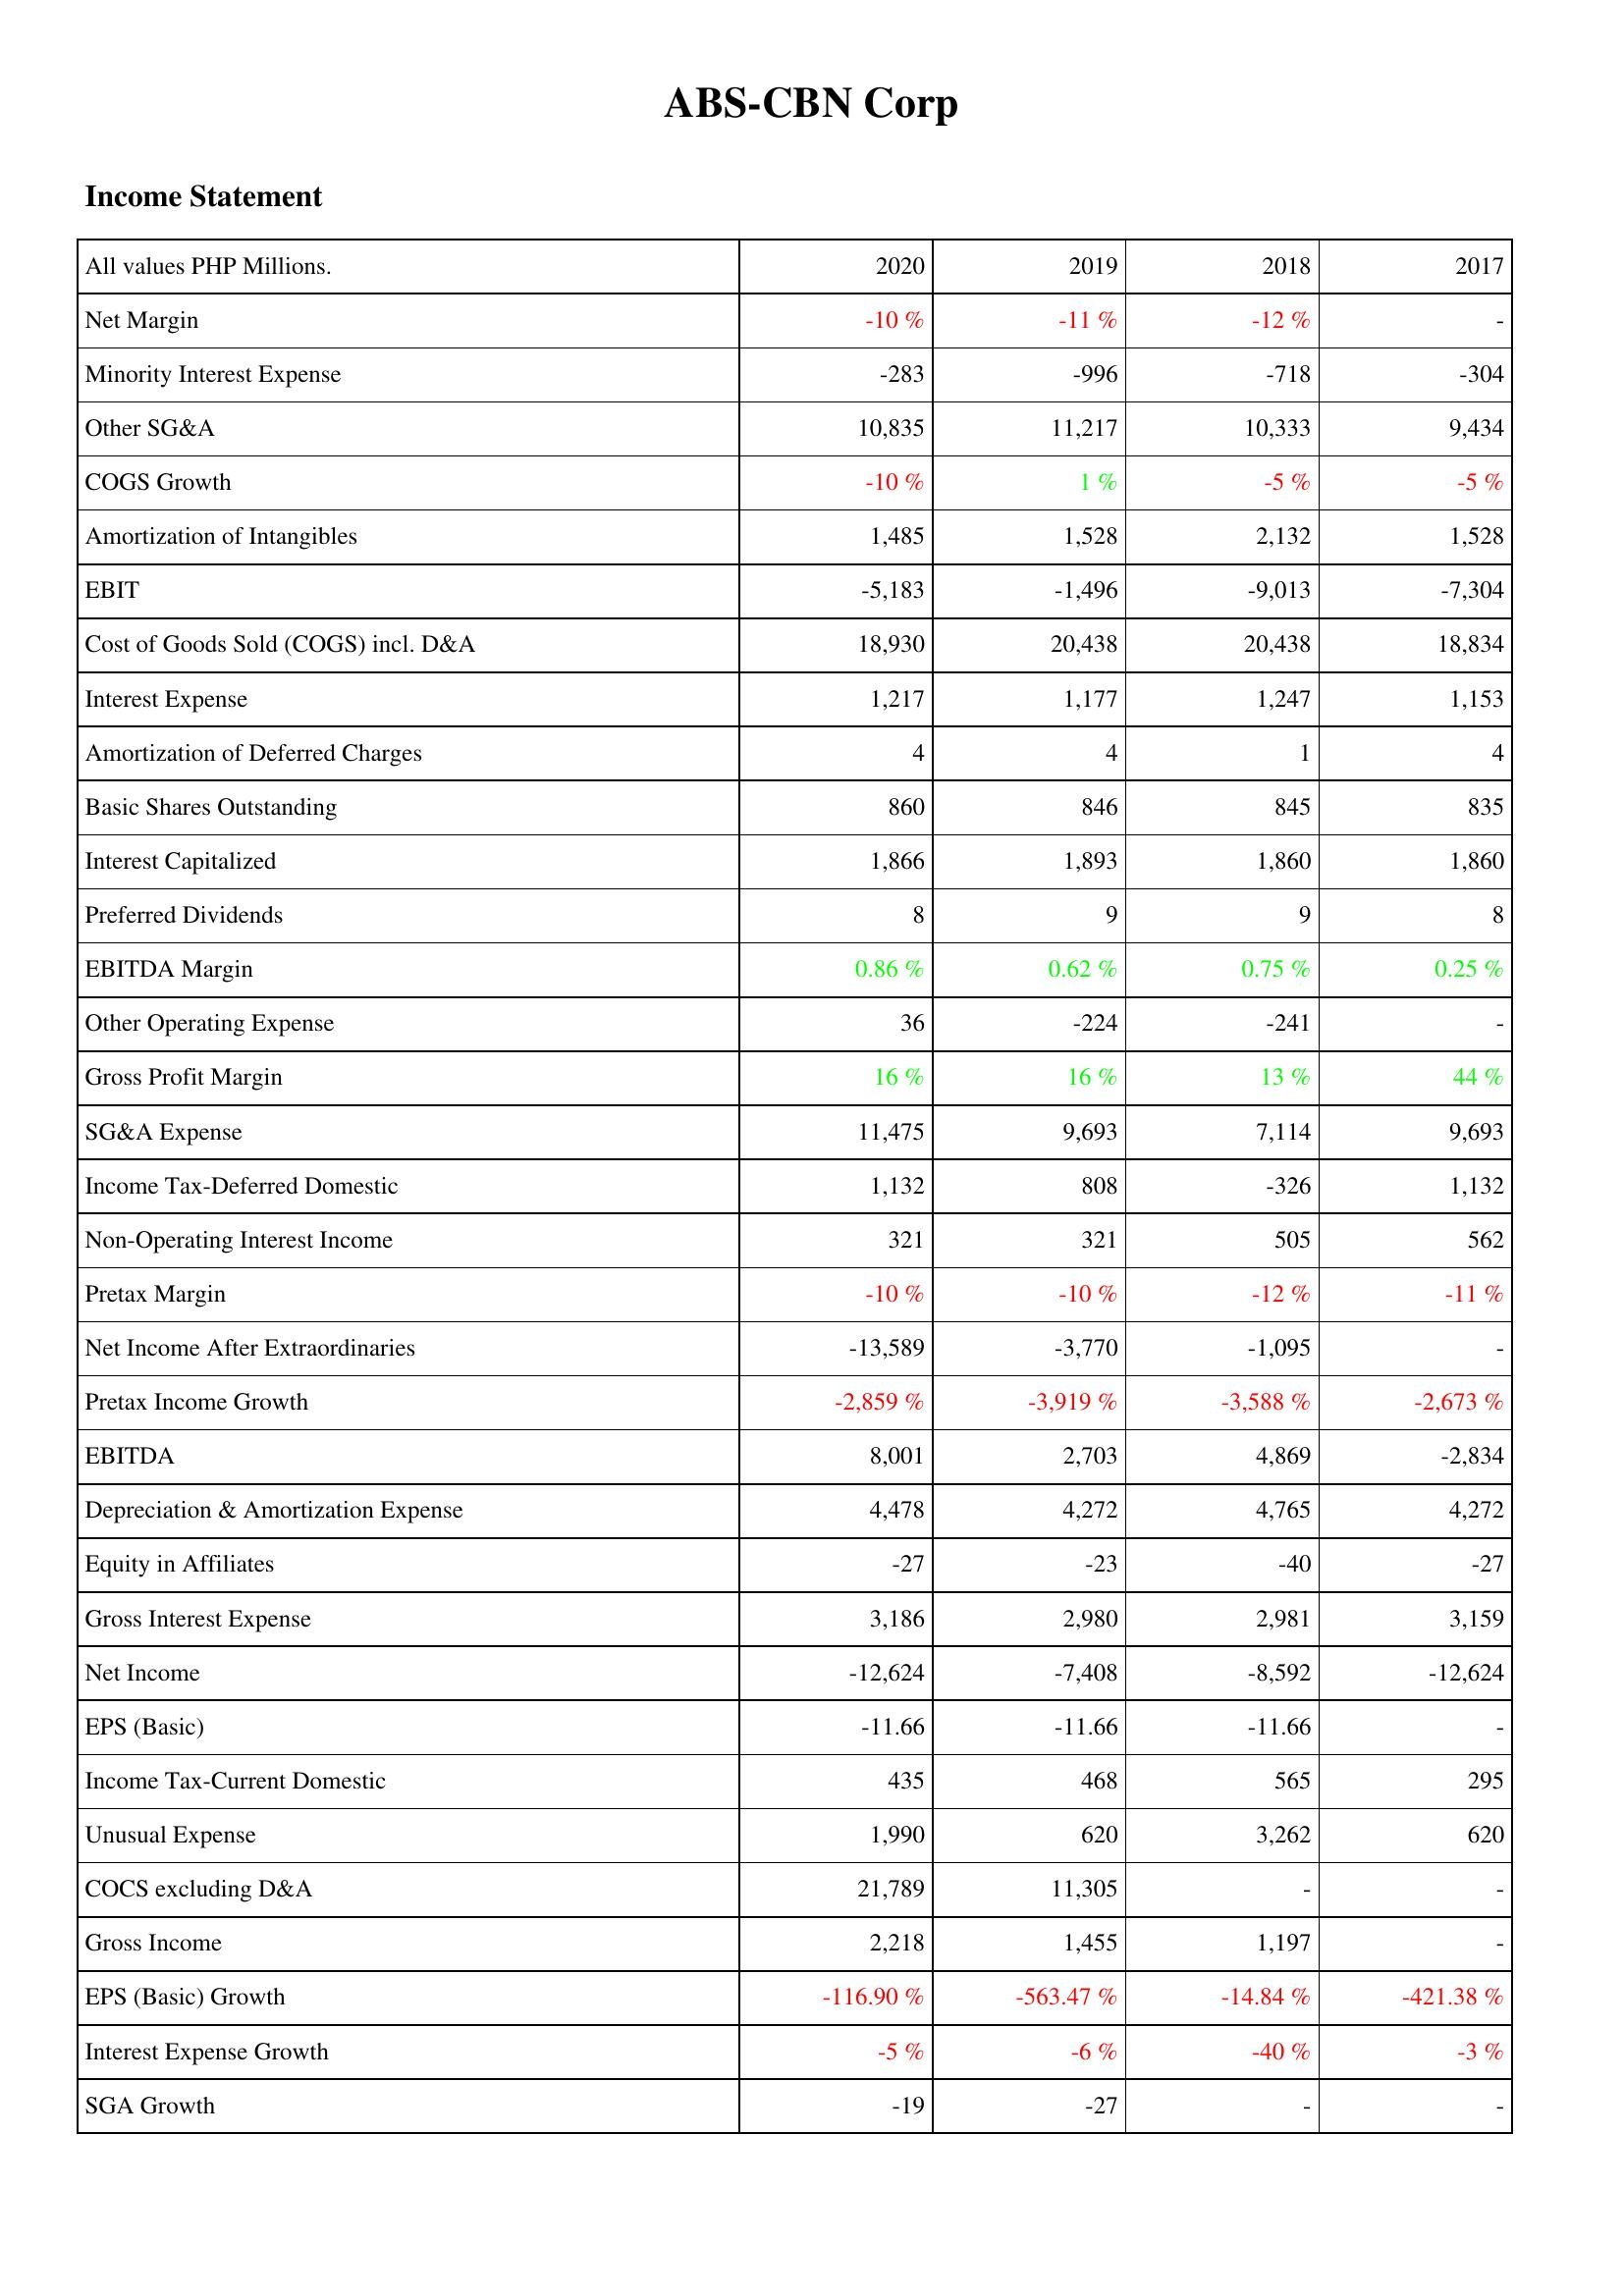
2020: Income Statement: Net Margin: -10 %
Minority Interest Expense: -283
Other SG&A: 10,835
COGS Growth: -10 %
Amortization of Intangibles: 1,485
EBIT: -5,183
Cost of Goods Sold (COGS) incl. D&A: 18,930
Interest Expense: 1,217
Amortization of Deferred Charges: 4
Basic Shares Outstanding: 860
Interest Capitalized: 1,866
Preferred Dividends: 8
EBITDA Margin: 0.86 %
Other Operating Expense: 36
Gross Profit Margin: 16 %
SG&A Expense: 11,475
Income Tax-Deferred Domestic: 1,132
Non-Operating Interest Income: 321
Pretax Margin: -10 %
Net Income After Extraordinaries: -13,589
Pretax Income Growth: -2,859 %
EBITDA: 8,001
Depreciation & Amortization Expense: 4,478
Equity in Affiliates: -27
Gross Interest Expense: 3,186
Net Income: -12,624
EPS (Basic): -11.66
Income Tax-Current Domestic: 435
Unusual Expense: 1,990
COCS excluding D&A: 21,789
Gross Income: 2,218
EPS (Basic) Growth: -116.90 %
Interest Expense Growth: -5 %
SGA Growth: -19
2019: Income Statement: Net Margin: -11 %
Minority Interest Expense: -996
Other SG&A: 11,217
COGS Growth: 1 %
Amortization of Intangibles: 1,528
EBIT: -1,496
Cost of Goods Sold (COGS) incl. D&A: 20,438
Interest Expense: 1,177
Amortization of Deferred Charges: 4
Basic Shares Outstanding: 846
Interest Capitalized: 1,893
Preferred Dividends: 9
EBITDA Margin: 0.62 %
Other Operating Expense: -224
Gross Profit Margin: 16 %
SG&A Expense: 9,693
Income Tax-Deferred Domestic: 808
Non-Operating Interest Income: 321
Pretax Margin: -10 %
Net Income After Extraordinaries: -3,770
Pretax Income Growth: -3,919 %
EBITDA: 2,703
Depreciation & Amortization Expense: 4,272
Equity in Affiliates: -23
Gross Interest Expense: 2,980
Net Income: -7,408
EPS (Basic): -11.66
Income Tax-Current Domestic: 468
Unusual Expense: 620
COCS excluding D&A: 11,305
Gross Income: 1,455
EPS (Basic) Growth: -563.47 %
Interest Expense Growth: -6 %
SGA Growth: -27
2018: Income Statement: Net Margin: -12 %
Minority Interest Expense: -718
Other SG&A: 10,333
COGS Growth: -5 %
Amortization of Intangibles: 2,132
EBIT: -9,013
Cost of Goods Sold (COGS) incl. D&A: 20,438
Interest Expense: 1,247
Amortization of Deferred Charges: 1
Basic Shares Outstanding: 845
Interest Capitalized: 1,860
Preferred Dividends: 9
EBITDA Margin: 0.75 %
Other Operating Expense: -241
Gross Profit Margin: 13 %
SG&A Expense: 7,114
Income Tax-Deferred Domestic: -326
Non-Operating Interest Income: 505
Pretax Margin: -12 %
Net Income After Extraordinaries: -1,095
Pretax Income Growth: -3,588 %
EBITDA: 4,869
Depreciation & Amortization Expense: 4,765
Equity in Affiliates: -40
Gross Interest Expense: 2,981
Net Income: -8,592
EPS (Basic): -11.66
Income Tax-Current Domestic: 565
Unusual Expense: 3,262
COCS excluding D&A: -
Gross Income: 1,197
EPS (Basic) Growth: -14.84 %
Interest Expense Growth: -40 %
SGA Growth: -
2017: Income Statement: Net Margin: -
Minority Interest Expense: -304
Other SG&A: 9,434
COGS Growth: -5 %
Amortization of Intangibles: 1,528
EBIT: -7,304
Cost of Goods Sold (COGS) incl. D&A: 18,834
Interest Expense: 1,153
Amortization of Deferred Charges: 4
Basic Shares Outstanding: 835
Interest Capitalized: 1,860
Preferred Dividends: 8
EBITDA Margin: 0.25 %
Other Operating Expense: -
Gross Profit Margin: 44 %
SG&A Expense: 9,693
Income Tax-Deferred Domestic: 1,132
Non-Operating Interest Income: 562
Pretax Margin: -11 %
Net Income After Extraordinaries: -
Pretax Income Growth: -2,673 %
EBITDA: -2,834
Depreciation & Amortization Expense: 4,272
Equity in Affiliates: -27
Gross Interest Expense: 3,159
Net Income: -12,624
EPS (Basic): -
Income Tax-Current Domestic: 295
Unusual Expense: 620
COCS excluding D&A: -
Gross Income: -
EPS (Basic) Growth: -421.38 %
Interest Expense Growth: -3 %
SGA Growth: -